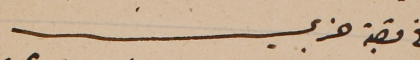
في قصبة جزين